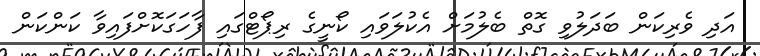
އަދި ވެރިކަން ބަދަލުވި ގޮތް ބެލުމަށް އެކުލަވައި ކޯނީގެ ރިޕޯޓްގައި ފާހަގަކޮށްފައިވާ ކަންކަން